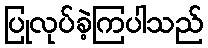
ပြုလုပ်ခဲ့ကြပါသည်